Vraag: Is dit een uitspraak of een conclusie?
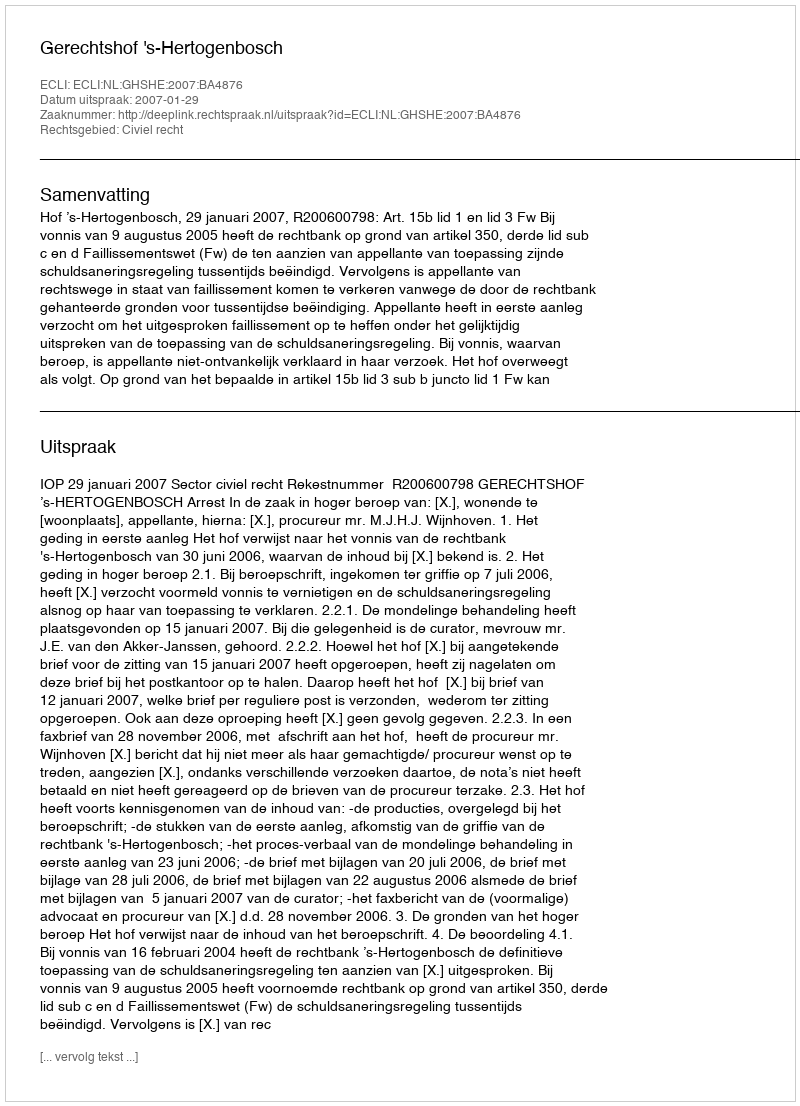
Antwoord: Uitspraak